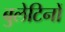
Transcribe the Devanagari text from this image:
बुलेटिनों